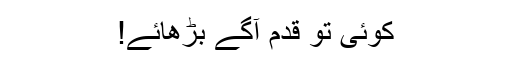
کوئی تو قدم آگے بڑھائے!